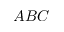
A B C